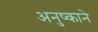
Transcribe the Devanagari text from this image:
अनुष्काने